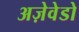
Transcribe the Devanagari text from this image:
अज़ेवेडो